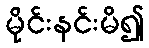
မိုင်းနင်းမိ၍